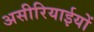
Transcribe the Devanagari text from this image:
असीरियाईयों